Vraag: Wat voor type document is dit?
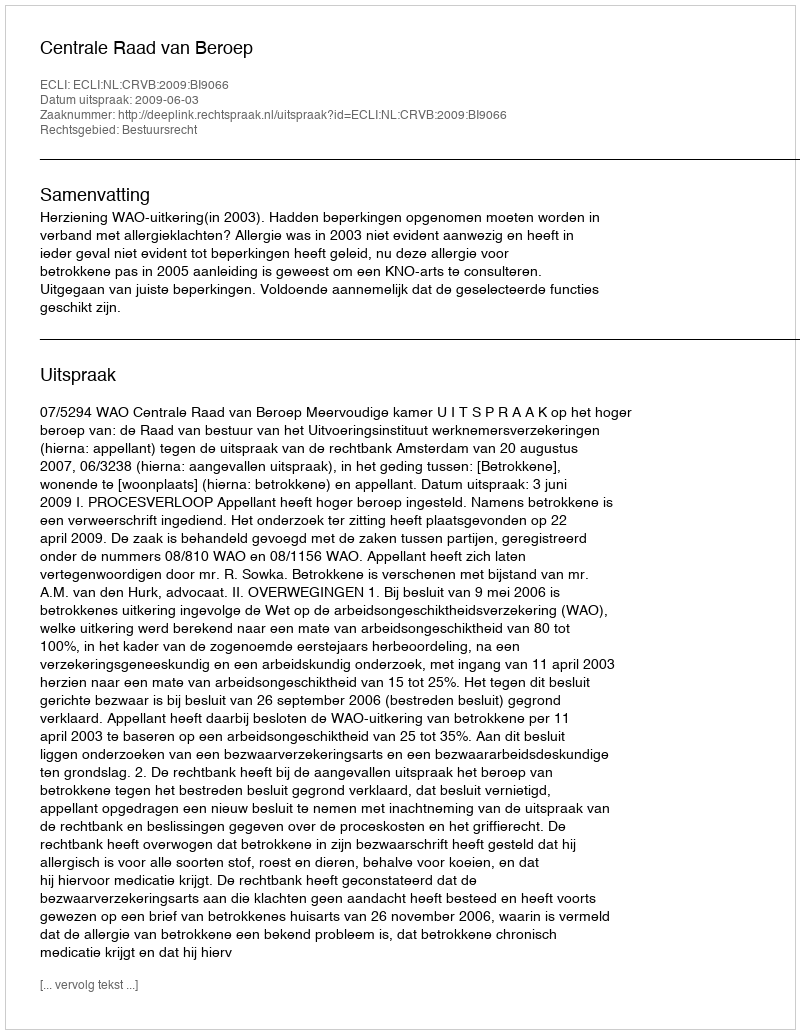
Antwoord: Uitspraak